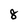
Character: 8